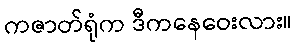
ကဇာတ်ရုံက ဒီကနေဝေးလား။